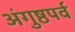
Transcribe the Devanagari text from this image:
अंगुष्ठपर्व